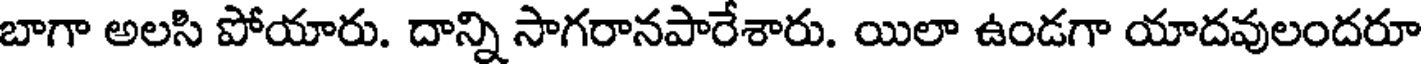
బాగా అలసి పోయారు. దాన్ని సాగరానపారేశారు. యిలా ఉండగా యాదవులందరూ